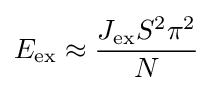
E_{\rm {ex}}\approx {\frac {J_{\rm {ex}}S^{2}\pi ^{2}}{N}}